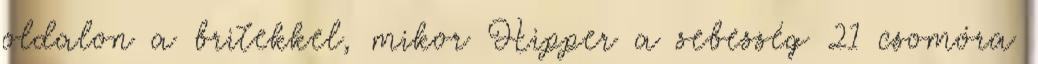
oldalon a britekkel, mikor Hipper a sebesség 21 csomóra